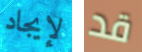
لإيجاد قد